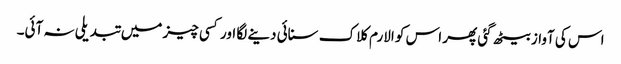
اس کی آواز بیٹھ گئی پھر اس کو الارم کلاک سنائی دینے لگا اور کسی چیز میں تبدیلی نہ آئی۔